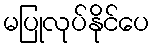
မပြုလုပ်နိုင်ပေ